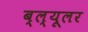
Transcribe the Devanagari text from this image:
ब्ल्यूलर